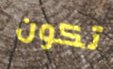
تكون